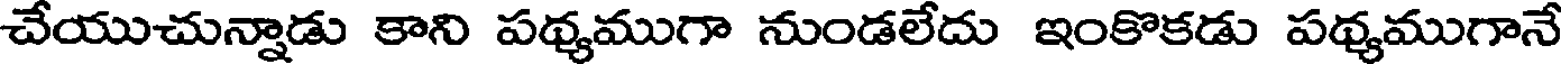
చేయుచున్నాడు కాని పథ్యముగా నుండలేదు ఇంకొకడు పథ్యముగానే